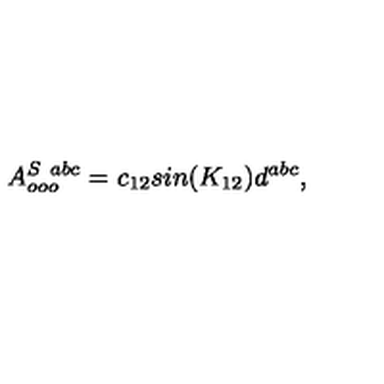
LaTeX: A _ { o o o } ^ { S \ a b c } = c _ { 1 2 } s i n ( K _ { 1 2 } ) d ^ { a b c } ,